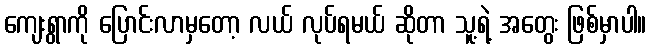
ကျေးရွာကို ပြောင်းလာမှတော့ လယ် လုပ်ရမယ် ဆိုတာ သူ့ရဲ့ အတွေး ဖြစ်မှာပါ။